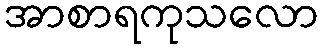
အာစာရကုသလော